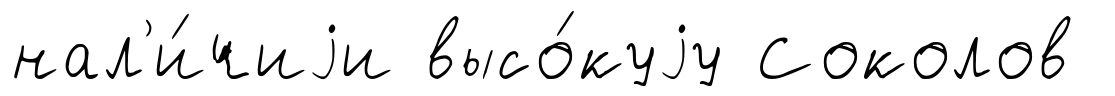
нал'и́чиjи высо́куjу Соколов